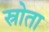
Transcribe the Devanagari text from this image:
स्रोता